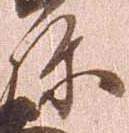
弥